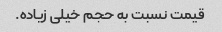
قیمت نسبت به حجم خیلی‌ زیاده.